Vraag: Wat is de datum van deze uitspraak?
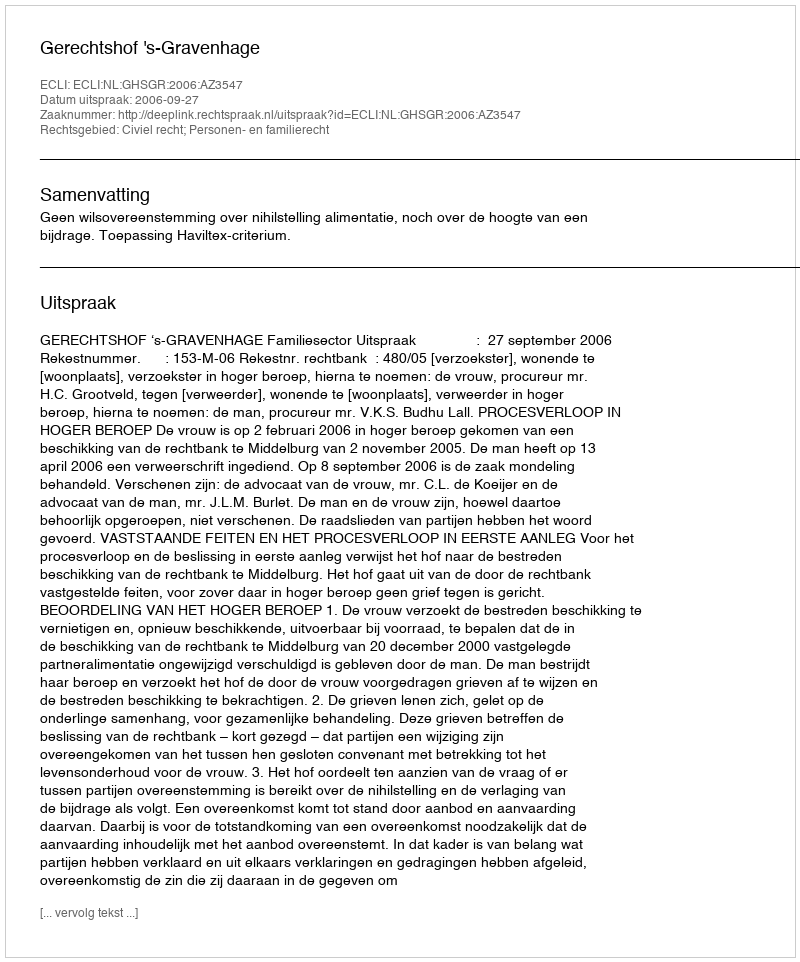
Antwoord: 2006-09-27